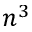
n ^ { 3 }